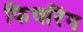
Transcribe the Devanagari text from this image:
फिचरिंग